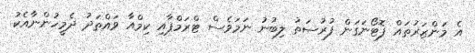
އެ މަންޒަރުތައް ފޮޓޯނަގަން ފުރުސަތު ލިބުނު ނަމަވެސް ޓްރަމްޕާއި ކިމްއާ ވައްތަދު ދެމީހުންނާއެކު